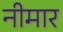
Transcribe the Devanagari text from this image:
नीमार